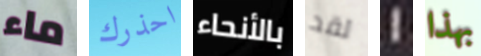
ماء احذرك بالأنحاء لقد 1 بهذا